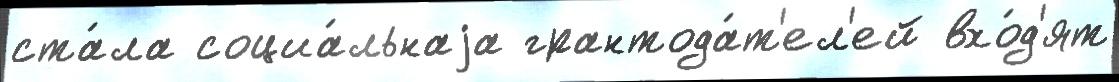
ста́ла социа́льнаjа грантода́т'ел'ей вхо́д'ят